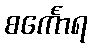
စင်္ကောရ